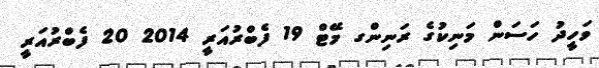
ވަހީދު ހަސަން މަނިކުގެ ރަނިންގ މޭޓް 19 ފެބްރުއަރީ 2014 20 ފެބްރުއަރީ